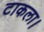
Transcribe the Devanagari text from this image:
टाकला।